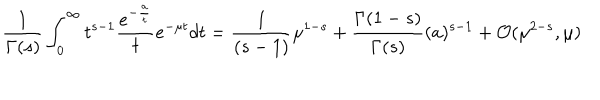
{ \frac { 1 } { \Gamma ( s ) } } \int _ { 0 } ^ { \infty } t ^ { s - 1 } { \frac { e ^ { - { \frac { a } { t } } } } { t } } e ^ { - \mu t } d t = { \frac { 1 } { ( s - 1 ) } } \mu ^ { 1 - s } + { \frac { \Gamma ( 1 - s ) } { \Gamma ( s ) } } ( { a } ) ^ { s - 1 } + { \cal O } ( \mu ^ { 2 - s } , \mu )